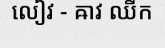
លៀវ - ឝាវ ឈីក